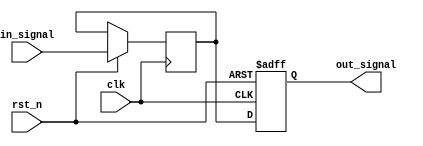
module delay_block #(
    parameter DELAY = 10  // Default delay value in time units (e.g., nanoseconds)
)(
    input wire clk,        // Clock signal for synchronization
    input wire rst_n,      // Active-low reset signal
    input wire [3:0] in_signal, // 4-bit input signal
    output reg [3:0] out_signal // 4-bit output signal
);

// Internal signal to hold the delayed value
reg [3:0] delayed_signal;

// Always block for handling input signal changes
always @(posedge clk or negedge rst_n) begin
    if (!rst_n) begin
        out_signal <= 4'b0000; // Reset output signal
    end else begin
        // Capture the input signal with a delay
        delayed_signal <= in_signal;
        // Delay the assignment to out_signal
        #DELAY out_signal <= delayed_signal;
    end
end

endmodule